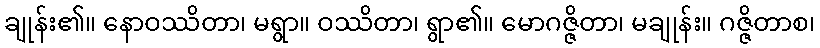
ချုန်း၏။ နောဝဿိတာ၊ မရွာ။ ဝဿိတာ၊ ရွာ၏။ မောဂဇ္ဇိတာ၊ မချုန်း။ ဂဇ္ဇိတာစ၊